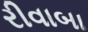
રીવાબા